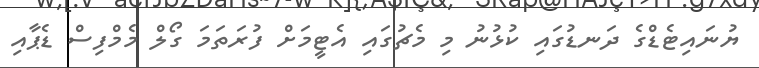
ޔުނައިޓެޑްގެ ދަނޑުގައި ކުޅުނު މި މެޗުގައި އެޓީމަށް ފުރަތަމަ ގޯލް މެމްފިސް ޑެޕާއި